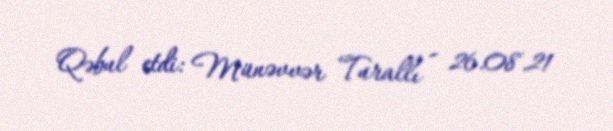
Qəbul etdi: Münəvvər Turallı - 26.08.21